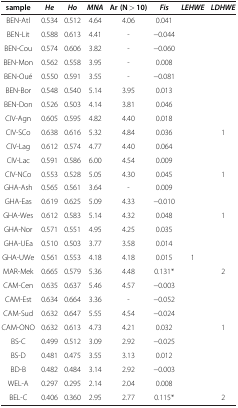
<table><thead><tr><td><b>sample</b></td><td><b><i>He</i></b></td><td><b><i>Ho</i></b></td><td><b><i>MNA</i></b></td><td><b>Ar (N &gt; 10)</b></td><td><b><i>Fis</i></b></td><td><b><i>LEHWE</i></b></td><td><b><i>LDHWE</i></b></td></tr></thead><tbody><tr><td>BEN-Atl</td><td>0.534</td><td>0.512</td><td>4.64</td><td>4.06</td><td>0.041</td><td> </td><td> </td></tr><tr><td>BEN-Lit</td><td>0.588</td><td>0.613</td><td>4.41</td><td>-</td><td>−0.044</td><td> </td><td> </td></tr><tr><td>BEN-Cou</td><td>0.574</td><td>0.606</td><td>3.82</td><td>-</td><td>−0.060</td><td> </td><td> </td></tr><tr><td>BEN-Mon</td><td>0.562</td><td>0.558</td><td>3.95</td><td>-</td><td>0.008</td><td> </td><td> </td></tr><tr><td>BEN-Oué</td><td>0.550</td><td>0.591</td><td>3.55</td><td>-</td><td>−0.081</td><td> </td><td> </td></tr><tr><td>BEN-Bor</td><td>0.548</td><td>0.540</td><td>5.14</td><td>3.95</td><td>0.013</td><td> </td><td> </td></tr><tr><td>BEN-Don</td><td>0.526</td><td>0.503</td><td>4.14</td><td>3.81</td><td>0.046</td><td> </td><td> </td></tr><tr><td>CIV-Agn</td><td>0.605</td><td>0.595</td><td>4.82</td><td>4.40</td><td>0.018</td><td> </td><td> </td></tr><tr><td>CIV-SCo</td><td>0.638</td><td>0.616</td><td>5.32</td><td>4.84</td><td>0.036</td><td> </td><td>1</td></tr><tr><td>CIV-Lag</td><td>0.612</td><td>0.574</td><td>4.77</td><td>4.40</td><td>0.064</td><td> </td><td> </td></tr><tr><td>CIV-Lac</td><td>0.591</td><td>0.586</td><td>6.00</td><td>4.54</td><td>0.009</td><td> </td><td> </td></tr><tr><td>CIV-NCo</td><td>0.553</td><td>0.528</td><td>5.05</td><td>4.30</td><td>0.045</td><td> </td><td>1</td></tr><tr><td>GHA-Ash</td><td>0.565</td><td>0.561</td><td>3.64</td><td>-</td><td>0.009</td><td> </td><td> </td></tr><tr><td>GHA-Eas</td><td>0.619</td><td>0.625</td><td>5.09</td><td>4.33</td><td>−0.010</td><td> </td><td> </td></tr><tr><td>GHA-Wes</td><td>0.612</td><td>0.583</td><td>5.14</td><td>4.32</td><td>0.048</td><td> </td><td>1</td></tr><tr><td>GHA-Nor</td><td>0.571</td><td>0.551</td><td>4.95</td><td>4.25</td><td>0.035</td><td> </td><td> </td></tr><tr><td>GHA-UEa</td><td>0.510</td><td>0.503</td><td>3.77</td><td>3.58</td><td>0.014</td><td> </td><td> </td></tr><tr><td>GHA-UWe</td><td>0.561</td><td>0.553</td><td>4.18</td><td>4.18</td><td>0.015</td><td>1</td><td> </td></tr><tr><td>MAR-Mek</td><td>0.665</td><td>0.579</td><td>5.36</td><td>4.48</td><td>0.131*</td><td> </td><td>2</td></tr><tr><td>CAM-Cen</td><td>0.635</td><td>0.637</td><td>5.46</td><td>4.57</td><td>−0.003</td><td> </td><td> </td></tr><tr><td>CAM-Est</td><td>0.634</td><td>0.664</td><td>3.36</td><td>-</td><td>−0.052</td><td> </td><td> </td></tr><tr><td>CAM-Sud</td><td>0.632</td><td>0.647</td><td>5.55</td><td>4.54</td><td>−0.024</td><td> </td><td> </td></tr><tr><td>CAM-ONO</td><td>0.632</td><td>0.613</td><td>4.73</td><td>4.21</td><td>0.032</td><td> </td><td>1</td></tr><tr><td>BS-C</td><td>0.499</td><td>0.512</td><td>3.09</td><td>2.92</td><td>−0.025</td><td> </td><td> </td></tr><tr><td>BS-D</td><td>0.481</td><td>0.475</td><td>3.55</td><td>3.13</td><td>0.012</td><td> </td><td> </td></tr><tr><td>BD-B</td><td>0.482</td><td>0.484</td><td>3.14</td><td>2.92</td><td>−0.003</td><td> </td><td> </td></tr><tr><td>WEL-A</td><td>0.297</td><td>0.295</td><td>2.14</td><td>2.04</td><td>0.008</td><td> </td><td> </td></tr><tr><td>BEL-C</td><td>0.406</td><td>0.360</td><td>2.95</td><td>2.77</td><td>0.115*</td><td> </td><td>2</td></tr></tbody></table>